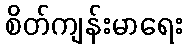
စိတ်ကျန်းမာရေး